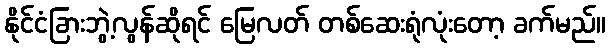
နိုင်ငံခြားဘွဲ့လွန်ဆိုရင် မြေလတ် တစ်ဆေးရုံလုံးတော့ ခက်မည်။